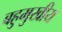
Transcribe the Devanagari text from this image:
बहुमुखीय